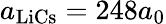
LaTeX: a_{\mathrm{{LiCs}}}=248a_{0}